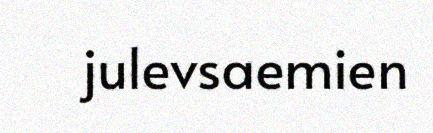
julevsaemien